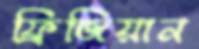
ফ্রিজিয়ান